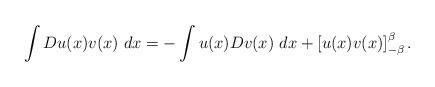
LaTeX: \begin{align*}\int Du(x)v(x)\ dx=-\int u(x)Dv(x)\ dx+\left[ u(x)v(x)\right] _{-\beta}^{\beta }. \end{align*}